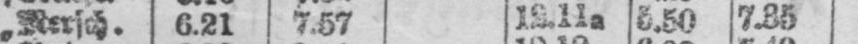
„ Mersch. 6.21 7.57 12.11a 5.50 7.35